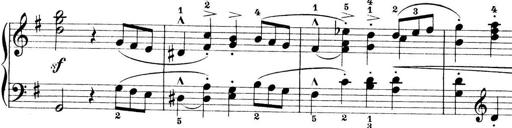
Title: Preis-Sonatine
Composer: Ernst James Bremner